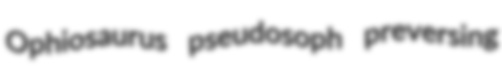
Ophiosaurus pseudosoph preversing